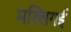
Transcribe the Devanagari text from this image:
मल्लिगई